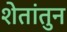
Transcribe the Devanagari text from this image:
शेतांतुन